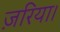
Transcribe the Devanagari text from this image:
ज़रिया।